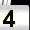
Digit: 4